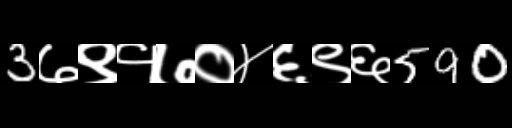
Text: 3७९१७०४६९६590